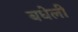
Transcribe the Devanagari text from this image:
बधेली